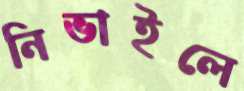
নিভাইলে